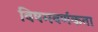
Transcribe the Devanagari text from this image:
विषमवर्णकता